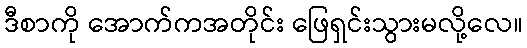
ဒီစာကို အောက်ကအတိုင်း ဖြေရှင်းသွားမလို့လေ။